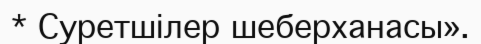
* Суретшілер шеберханасы».